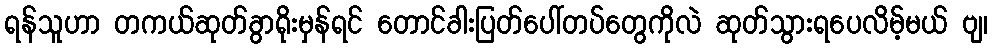
ရန်သူဟာ တကယ်ဆုတ်ခွာရိုးမှန်ရင် တောင်ခါးပြတ်ပေါ်တပ်တွေကိုလဲ ဆုတ်သွားရပေလိမ့်မယ် ဗျ၊